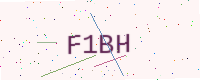
Text: F1BH